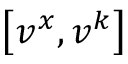
\left[ v ^ { x } , v ^ { k } \right]